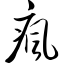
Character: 疯